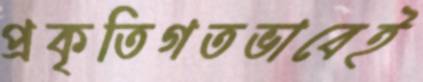
প্রকৃতিগতভাবেই